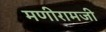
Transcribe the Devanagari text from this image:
मणीरामजी